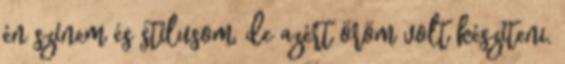
én színem és stílusom, de azért öröm volt készíteni.